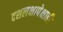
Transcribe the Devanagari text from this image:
दशलक्षापेक्षाही